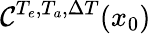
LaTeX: \mathcal{C}^{{T_{e}},{T_{a}},{\Delta T}}(x_{0})